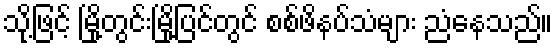
သို့ဖြင့် မြို့တွင်းမြို့ပြင်တွင် စစ်ဖိနပ်သံများ ညံနေသည်။